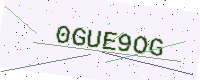
Text: 0GUE9OG